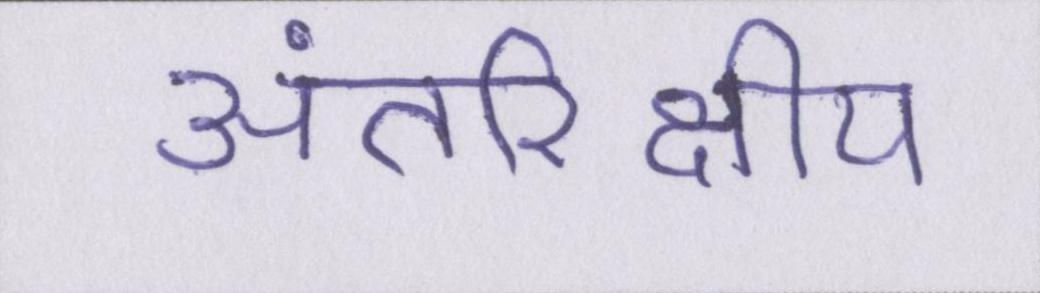
अंतरिक्षीय